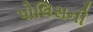
પોલિસની